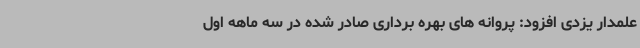
علمدار یزدی افزود: پروانه های بهره برداری صادر شده در سه ماهه اول